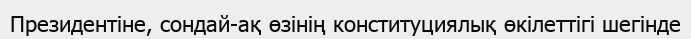
Президентіне, сондай-ақ өзінің конституциялық өкілеттігі шегінде